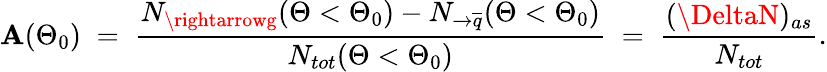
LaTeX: \mathbf{A}(\Theta_{0})\; =\; \frac{{N_{\rightarrowg}(\Theta<\Theta_{0})-N_{\rightarrow\overline{{{{q}}}}}(\Theta<\Theta_{0})}}{{N_{tot}(\Theta<\Theta_{0})}}\; =\; \frac{{(\DeltaN)_{as}}}{{N_{tot}}}.